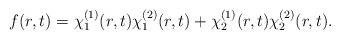
LaTeX: \begin{align*}f(r, t)=\chi _{1}^{(1)}(r, t)\chi _{1}^{(2)}(r, t)+\chi _{2}^{(1)}(r, t)\chi _{2}^{(2)}(r, t).\end{align*}